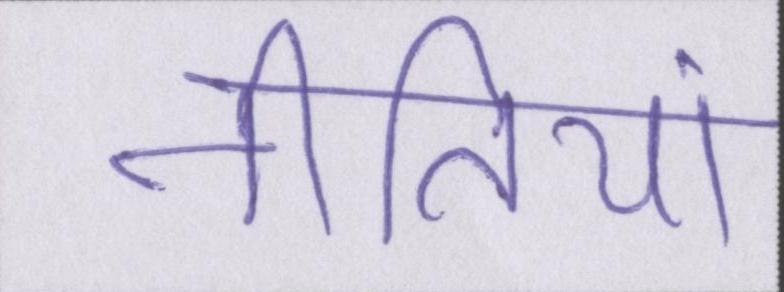
नीतियां